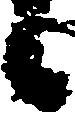
候